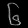
Digit: ၆